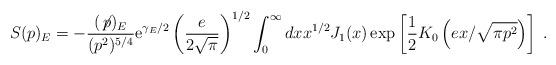
LaTeX: \begin{align*}S(p)_E=-\frac{(\not\! p)_E}{(p^2)^{5/4}}{\rm e}^{\gamma_E/2}\left(\frac{e}{2\sqrt{\pi}}\right)^{1/2}\int_0^{\infty}dx x^{1/2}J_1(x)\exp\left[\frac{1}{2}K_0\left(e x/\sqrt{\pi p^2}\right)\right]\; .\end{align*}